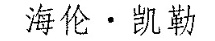
海伦·凯勒